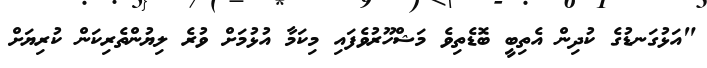
"އަޅުގަނޑުގެ ކުދިން އެތިބީ ބޮޑެތިވެ މަޝްހޫރުވެފައި މިކަމާ އުޅުމަށް ވުރެ ލިޔުންތެރިކަން ކުރިޔަށް